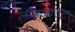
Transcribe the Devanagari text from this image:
लीडआउट